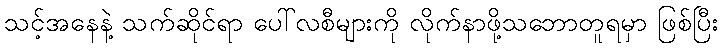
သင့်အနေနဲ့ သက်ဆိုင်ရာ ပေါ်လစီများကို လိုက်နာဖို့သဘောတူရမှာ ဖြစ်ပြီး